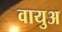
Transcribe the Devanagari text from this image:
वायुअ